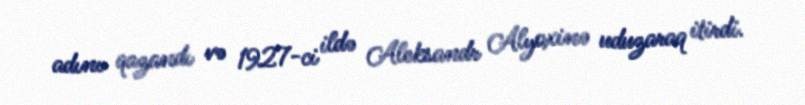
adını qazandı və 1927-ci ildə Aleksandr Alyoxinə uduzaraq itirdi.